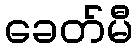
ခေတ်မီ